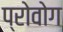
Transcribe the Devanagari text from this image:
प्रोवोग